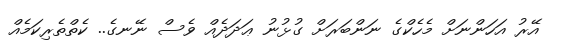
އޭރު އަހަންނަށް މެހެކްގެ ނަންބަރަށް ގުޅުނު ޢަދަދެއް ވެސް ނޭނގެ.. ކެތްތެރިކަމެއް